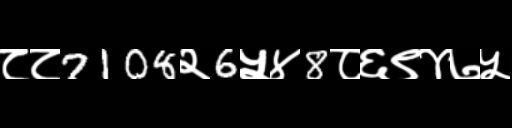
Text: ८८7108२6५४8८६९४७५